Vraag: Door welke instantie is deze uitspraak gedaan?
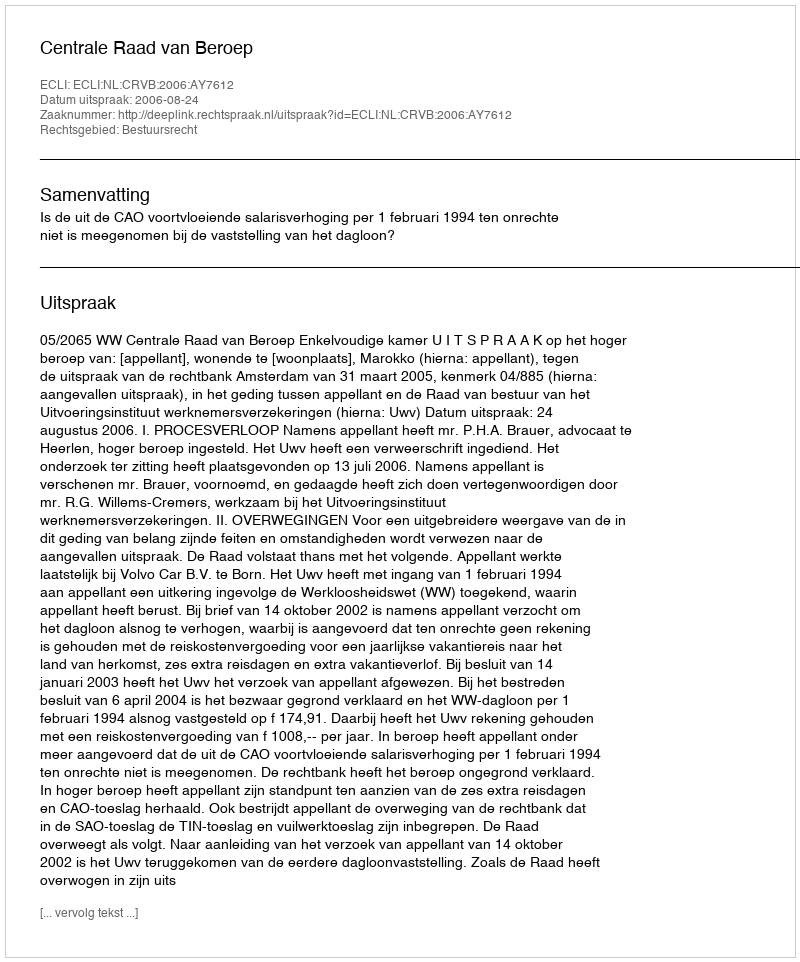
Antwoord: Centrale Raad van Beroep